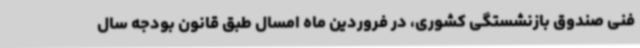
فنی صندوق بازنشستگی کشوری، در فروردین ماه امسال طبق قانون بودجه سال